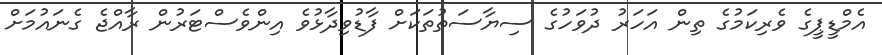
އެމްޑީޕީގެ ވެރިކަމުގެ ތިން އަހަރު ދުވަހުގެ ސިޔާސަތުތަކަށް ފާޑުވިދާޅުވެ އިންވެސްޓަރުން ރާއްޖެ ގެނައުމަށް